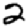
Digit: 2